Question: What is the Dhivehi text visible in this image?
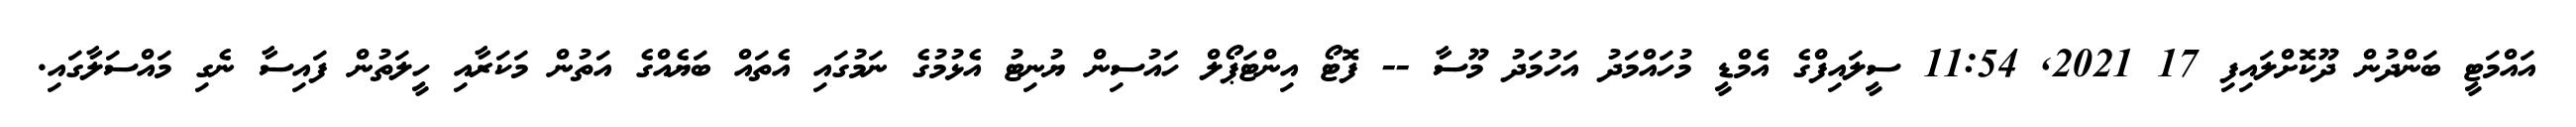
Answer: އައްމަޓީ ބަންދުން ދޫކޮށްލައިފި 17 2021, 11:54 ސީލައިފްގެ އެމްޑީ މުހައްމަދު އަހުމަދު މޫސާ -- ފޮޓޯ އިންޓަޕޯލް ހައުސިން ޔުނިޓު އެޅުމުގެ ނަމުގައި އެތައް ބަޔެއްގެ އަތުން މަކަރާއި ހީލަތުން ފައިސާ ނެގި މައްސަލާގައި.